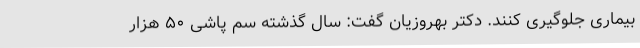
بیماری جلوگیری کنند. دکتر بهروزیان گفت: سال گذشته سم پاشی ۵۰ هزار